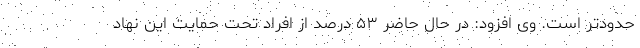
حدودتر است. وی افزود: در حال حاضر ۵۳ درصد از افراد تحت حمایت این نهاد